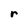
Character: r